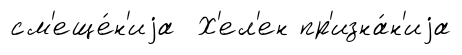
см'еще́н'иjа Х'ел'ен пр'изна́н'иjа